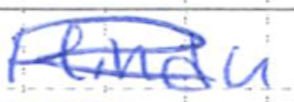
Text: Hindu
Cross-out: scratch
Writing tool: ballpoint